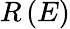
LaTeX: R\left(E\right)